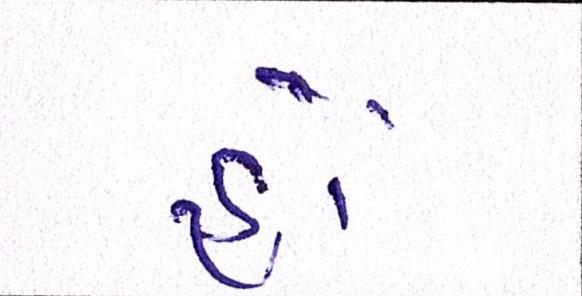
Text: હોં